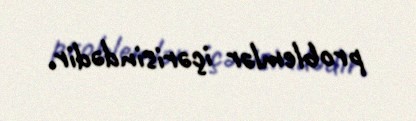
problemlər içərisindədir.